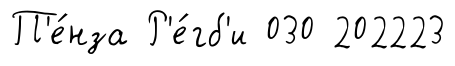
П'е́нза Р'е́гб'и 030 202223